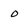
Character: o